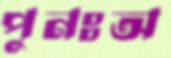
পুনঃঅ